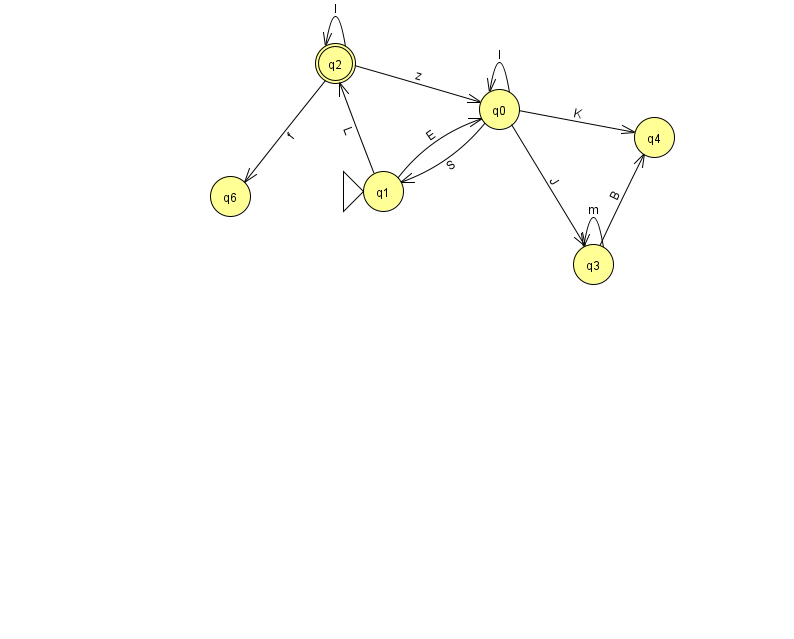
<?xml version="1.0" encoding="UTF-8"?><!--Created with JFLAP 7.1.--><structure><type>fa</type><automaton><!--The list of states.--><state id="0" name="q0"><x>499.0</x><y>96.0</y></state><state id="1" name="q1"><x>383.0</x><y>178.0</y><initial/></state><state id="2" name="q2"><x>335.0</x><y>50.0</y><final/></state><state id="3" name="q3"><x>593.0</x><y>251.0</y></state><state id="4" name="q4"><x>654.0</x><y>124.0</y></state><state id="6" name="q6"><x>230.0</x><y>183.0</y></state><!--The list of transitions.--><transition><from>1</from><to>0</to><read>E</read></transition><transition><from>0</from><to>3</to><read>J</read></transition><transition><from>0</from><to>1</to><read>S</read></transition><transition><from>0</from><to>4</to><read>K</read></transition><transition><from>3</from><to>4</to><read>B</read></transition><transition><from>0</from><to>0</to><read>I</read></transition><transition><from>2</from><to>2</to><read>I</read></transition><transition><from>2</from><to>6</to><read>f</read></transition><transition><from>1</from><to>2</to><read>L</read></transition><transition><from>3</from><to>3</to><read>m</read></transition><transition><from>2</from><to>0</to><read>z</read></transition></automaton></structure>